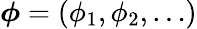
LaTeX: {\boldsymbol{\phi}=(\phi_{1},\phi_{2},\dots)}